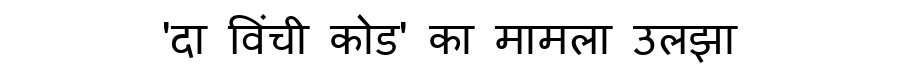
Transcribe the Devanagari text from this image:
'दा विंची कोड' का मामला उलझा